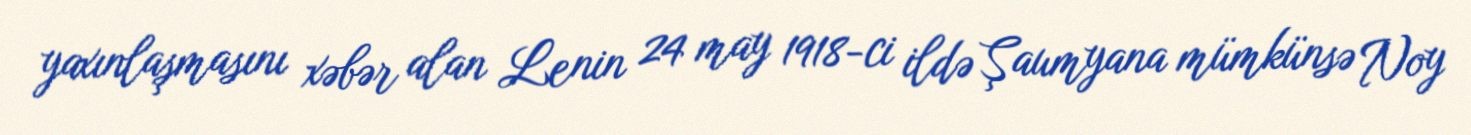
yaxınlaşmasını xəbər alan Lenin 24 may 1918-ci ildə Şaumyana mümkünsə Noy